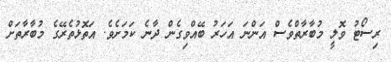
ރިސޯޓު ވޮލީ މުބާރާތްވެސް އަންނަ އަހަރު ބޭއްވިގެން ދާނެ ކަމަށެވެ. އަތޮޅުތެރޭގެ މުބާރާތަށް